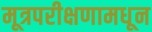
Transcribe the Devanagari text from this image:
मूत्रपरीक्षणामधून